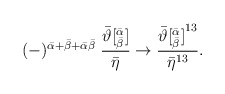
\begin{align*}(-)^{{\bar\alpha}+{\bar\beta}+\bar\alpha\bar\beta}\;\frac{{\bar\vartheta}[^{\bar\alpha}_{\bar\beta}]}{{\bar\eta}}\rightarrow\frac{{\bar\vartheta[^{\bar\alpha}_{\bar\beta}]}^{13}}{{\bar\eta}^{13}}.\end{align*}